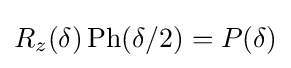
R_{z}(\delta )\operatorname {Ph} (\delta /2)=P(\delta )